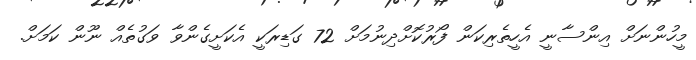
މީހުންނަށް އިންސާނީ އެހީތެރިކަން ފޯރުކޮށްދިނުމަށް 72 ގަޑިރަކީ އެކަށީގެންވާ ވަގުތެއް ނޫން ކަމަށް.